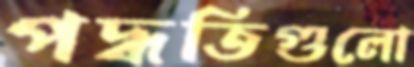
পদ্ধতিগুলো